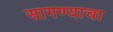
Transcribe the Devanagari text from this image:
सागण्याचा